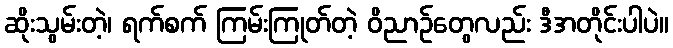
ဆိုးသွမ်းတဲ့၊ ရက်စက် ကြမ်းကြုတ်တဲ့ ဝိညာဉ်တွေလည်း ဒီအတိုင်းပါပဲ။